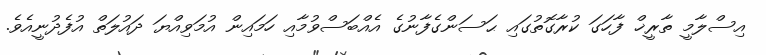
އިސްލާމީ ތާރީޚް ފާހަގަ ކުރާގޮތުގައި ޙަސަންގެފާނުގެ އެއްބަސްވުމާއި ހަމައިން އުމަވިއްޔަ ދައުލަތް އުފެދުނީއެވެ.